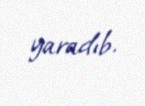
yaradıb.